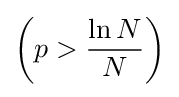
{\left(p>{\frac {\ln N}{N}}\right)}